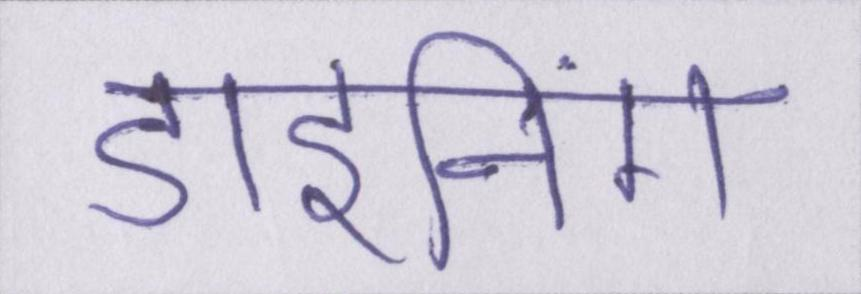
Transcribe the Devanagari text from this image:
डाइनिंग